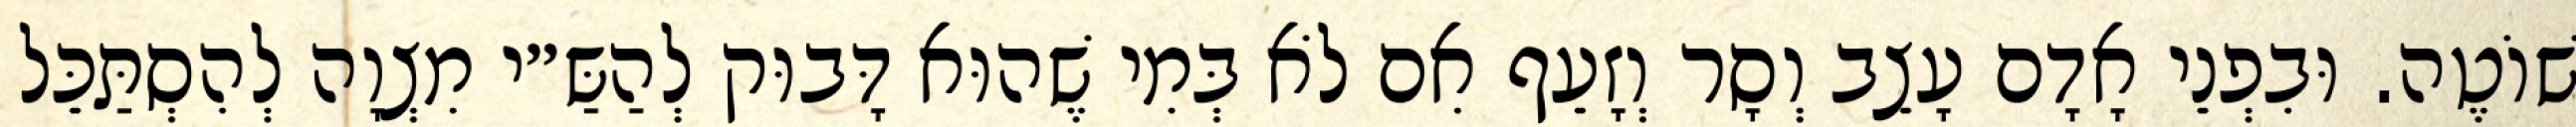
שׁוֹטֶה. וּבִפְנֵי אָדָם עָצֵב וְסָר וְזָעֵף אִם לֹא בְּמִי שֶׁהוּא דָּבוּק לְהַשַּ״י מִצְוָה לְהִסְתַּכֵּל